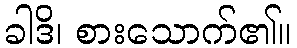
ခါဒိ၊ စားသောက်၏။